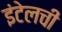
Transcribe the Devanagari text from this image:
इंटेलची